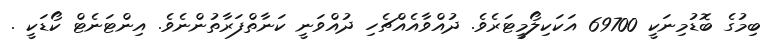
ބިމުގެ ބޮޑުމިނަކީ 69700 އަކަކިލޯމީޓަރެވެ. ދުއްވާއެއްޗެހި ދުއްވަނީ ކަނާތްފަރާތުންނެވެ. އިންޓަނެޓް ކޯޑަކީ .